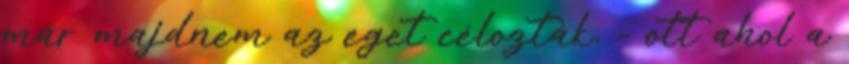
már majdnem az eget célozták, - ott ahol a